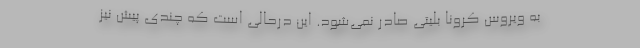
به ویروس کرونا بلیتی صادر نمی‌شود. این درحالی است که چندی پیش نیز